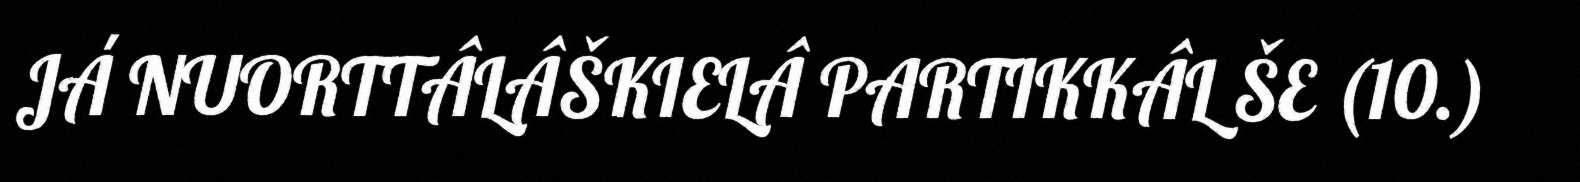
JÁ NUORTTÂLÂŠKIELÂ PARTIKKÂL ŠE (10.)